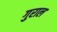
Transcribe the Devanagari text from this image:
गुराल